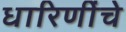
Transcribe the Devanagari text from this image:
धारिणींचे